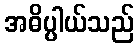
အဓိပ္ပါယ်သည်